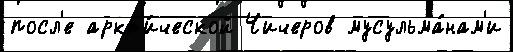
посл'е аркт'и́ческой Чичеров мусульма́нам'и